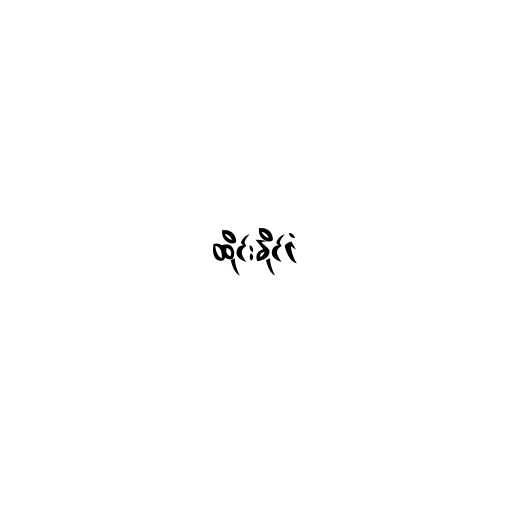
ထိုင်းနိုင်ငံ